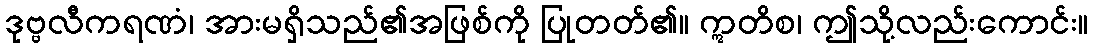
ဒုဗ္ဗလီကရဏံ၊ အားမရှိသည်၏အဖြစ်ကို ပြုတတ်၏။ ဣတိစ၊ ဤသို့လည်းကောင်း။